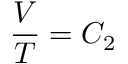
{ \frac { V } { T } } = C _ { 2 }